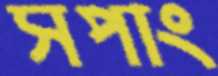
সপাং